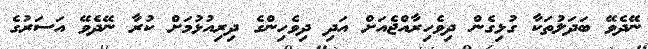
ނޭދެވޭ ބަދަލުތަކާ ގުޅިގެން ދިވެހިރާއްޖެއަށް އަދި ދިވެހިންގެ ދިރިއުޅުމަށް ކުރާ ނޭދެވޭ އަސަރުގެ